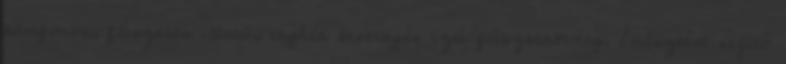
kámforos, fűszeres illatú, enyhén kesernyés ízű fűszernövény. Emésztést segítő